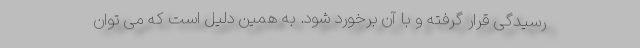
رسیدگی قرار گرفته و با آن برخورد شود. به همین دلیل است که می توان